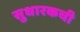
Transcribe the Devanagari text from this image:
सुधारकची